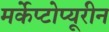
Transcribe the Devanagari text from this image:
मर्केप्टोप्यूरीन